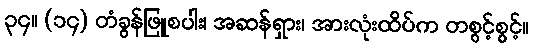
၃၄။ (၁၄) တံခွန်ဖြူစပါး၊ အဆန်ရှား၊ အားလုံးထိပ်က တစွင့်စွင့်။